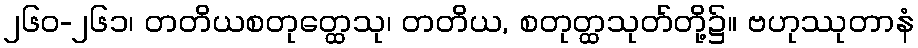
၂၆၀-၂၆၁၊ တတိယစတုတ္ထေသု၊ တတိယ, စတုတ္ထသုတ်တို့၌။ ဗဟုဿုတာနံ